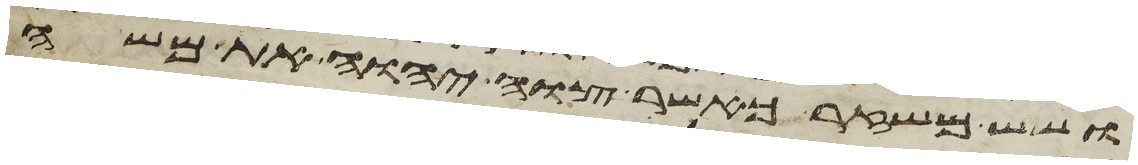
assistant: ושש משזר כאשר צוה יהוה את משה